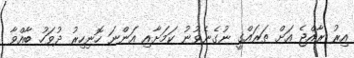
އިރު ރާއްޖެ އަށް ތަރައްގީ ނުގެނެވުނު ކަމަށާއި އަންނަ ހޮނިހިރު ދުވަހު ބާއްވާ